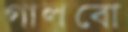
গালবো